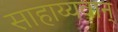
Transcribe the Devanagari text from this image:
साहाय्यवान्